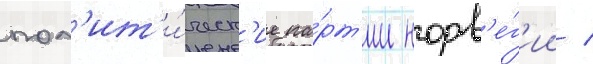
пол'ит'и́ческ'ие па́рт'ии норв'е́г'ии /